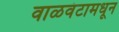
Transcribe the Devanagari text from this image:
वाळवंटामधून